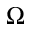
\Omega